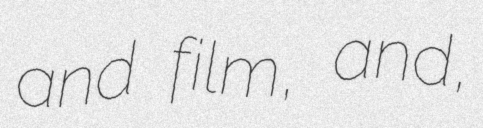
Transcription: and film, and,